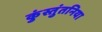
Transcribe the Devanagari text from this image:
कुंस्तुंतनिया